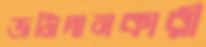
জমিদানকারী